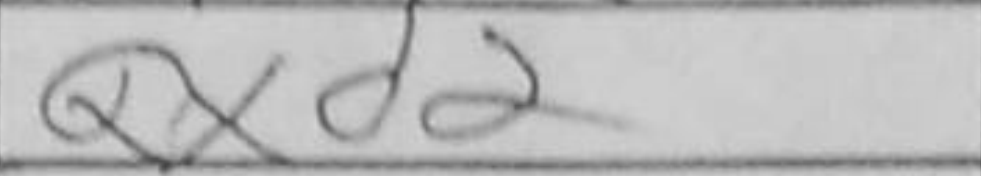
Transcription: Qxd2